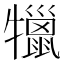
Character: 犣